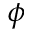
\phi